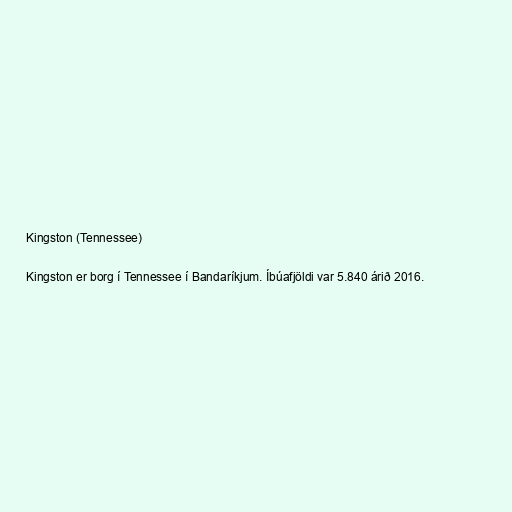
Kingston (Tennessee)

Kingston er borg í Tennessee í Bandaríkjum. Íbúafjöldi var 5.840 árið 2016.